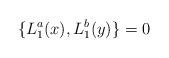
LaTeX: \begin{align*} \{ L_{1}^{a}(x), L_{1}^{b}(y) \} = 0\end{align*}